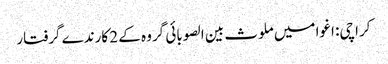
کراچی: اغوا میں ملوث بین الصوبائی گروہ کے 2 کارندے گرفتار